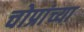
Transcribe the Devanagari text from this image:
चोप्रांच्या